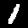
Digit: 1